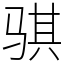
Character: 骐